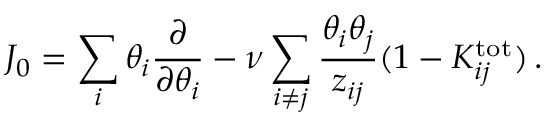
J _ { 0 } = \sum _ { i } \theta _ { i } { \frac { \partial } { \partial \theta _ { i } } } - \nu \sum _ { i \ne j } { \frac { \theta _ { i } \theta _ { j } } { z _ { i j } } } ( 1 - K _ { i j } ^ { \mathrm { t o t } } ) \, .